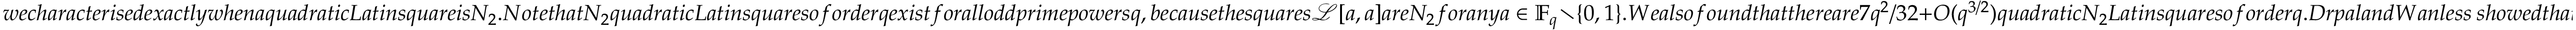
w e c h a r a c t e r i s e d e x a c t l y w h e n a q u a d r a t i c L a t i n s q u a r e i s N _ { 2 } . N o t e t h a t N _ { 2 } q u a d r a t i c L a t i n s q u a r e s o f o r d e r q e x i s t f o r a l l o d d p r i m e p o w e r s q , b e c a u s e t h e s q u a r e s \mathcal { L } [ a , a ] a r e N _ { 2 } f o r a n y a \in \mathbb { F } _ { q } \setminus \{ 0 , 1 \} . W e a l s o f o u n d t h a t t h e r e a r e 7 q ^ { 2 } / 3 2 + O ( q ^ { 3 / 2 } ) q u a d r a t i c N _ { 2 } L a t i n s q u a r e s o f o r d e r q . D r \' { a } p a l a n d W a n l e s s ~ s h o w e d t h a t t h e q u a d r a t i c L a t i n s q u a r e s \mathcal { L } [ a , b ] a n d \mathcal { L } [ c , d ] o f o r d e r q a r e i s o m o r p h i c i f a n d o n l y i f \{ c , d \} = \{ \theta ( a ) , \theta ( b ) \} f o r a n a u t o m o r p h i s m \theta o f \mathbb { F } _ { q } . I t f o l l o w s t h a t t h e n u m b e r o f i s o m o r p h i s m c l a s s e s o f N _ { 2 } q u a d r a t i c L a t i n s q u a r e s o f o r d e r q i s a t l e a s t \Theta ( q ^ { 2 } / \log ( q ) ) . L e m m a